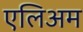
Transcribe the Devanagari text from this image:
एलिअम